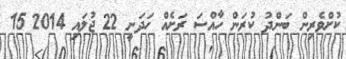
ކުށްވެރިން ބަންދު ކުރަން ހާއްސަ ރަށެއް ހަދަނީ 22 ޖުލައި 2014 15